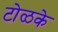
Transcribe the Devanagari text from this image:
टोळके